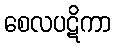
စေလပဋိကာ